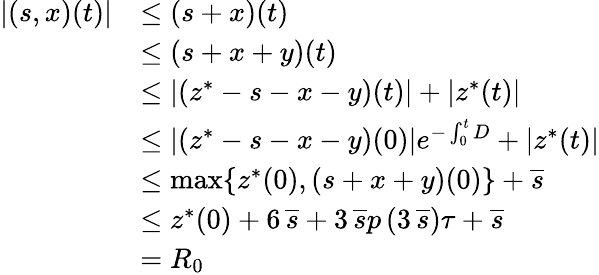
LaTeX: \begin{array}{rl}{|(s,x)(t)|}&{\leq(s+x)(t)}\\ &{\leq(s+x+y)(t)}\\ &{\leq|(z^{*}-s-x-y)(t)|+|z^{*}(t)|}\\ &{\leq|(z^{*}-s-x-y)(0)|e^{-\int_{0}^{t}D}+|z^{*}(t)|}\\ &{\leq\operatorname*{max}\{ z^{*}(0),(s+x+y)(0)\} +\overline{s}}\\ &{\leq z^{*}(0)+6\, \overline{s}+3\, \overline{s}p\left(3\, \overline{s}\right)\tau+\overline{s}}\\ &{=R_{0}}\end{array}